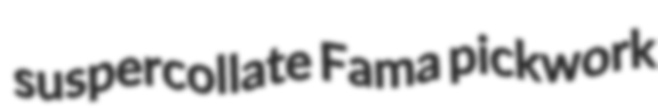
suspercollate Fama pickwork